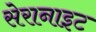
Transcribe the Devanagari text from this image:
सेरानाइट